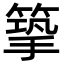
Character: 篫